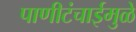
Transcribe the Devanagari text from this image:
पाणीटंचाईमुळे